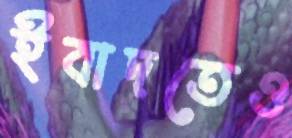
ইবাদতেও